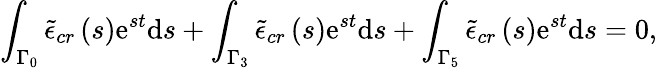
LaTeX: \int_{\Gamma_{0}}\tilde{\epsilon}_{cr}\left(s\right)\mathrm{e}^{st}\mathrm{d}s+\int_{\Gamma_{3}}\tilde{\epsilon}_{cr}\left(s\right)\mathrm{e}^{st}\mathrm{d}s+\int_{\Gamma_{5}}\tilde{\epsilon}_{cr}\left(s\right)\mathrm{e}^{st}\mathrm{d}s=0,